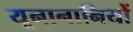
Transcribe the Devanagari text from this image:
यूनानानियों